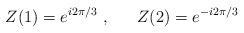
\begin{align*}Z(1) = e^{i2\pi /3} \ , \ \ \ \ \ Z(2) = e^{-i2\pi /3}\end{align*}